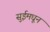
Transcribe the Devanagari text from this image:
सुईमधून